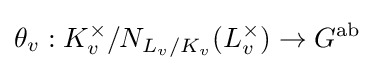
\theta _{v}:K_{v}^{\times }/N_{L_{v}/K_{v}}(L_{v}^{\times })\to G^{\text{ab}}